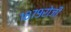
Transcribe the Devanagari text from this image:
१८७९रोजी